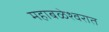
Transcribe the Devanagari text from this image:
महाबळेश्वरात